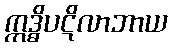
ဣဒ္ဓိပဋိလာဘာယ